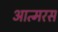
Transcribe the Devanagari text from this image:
आत्मरस